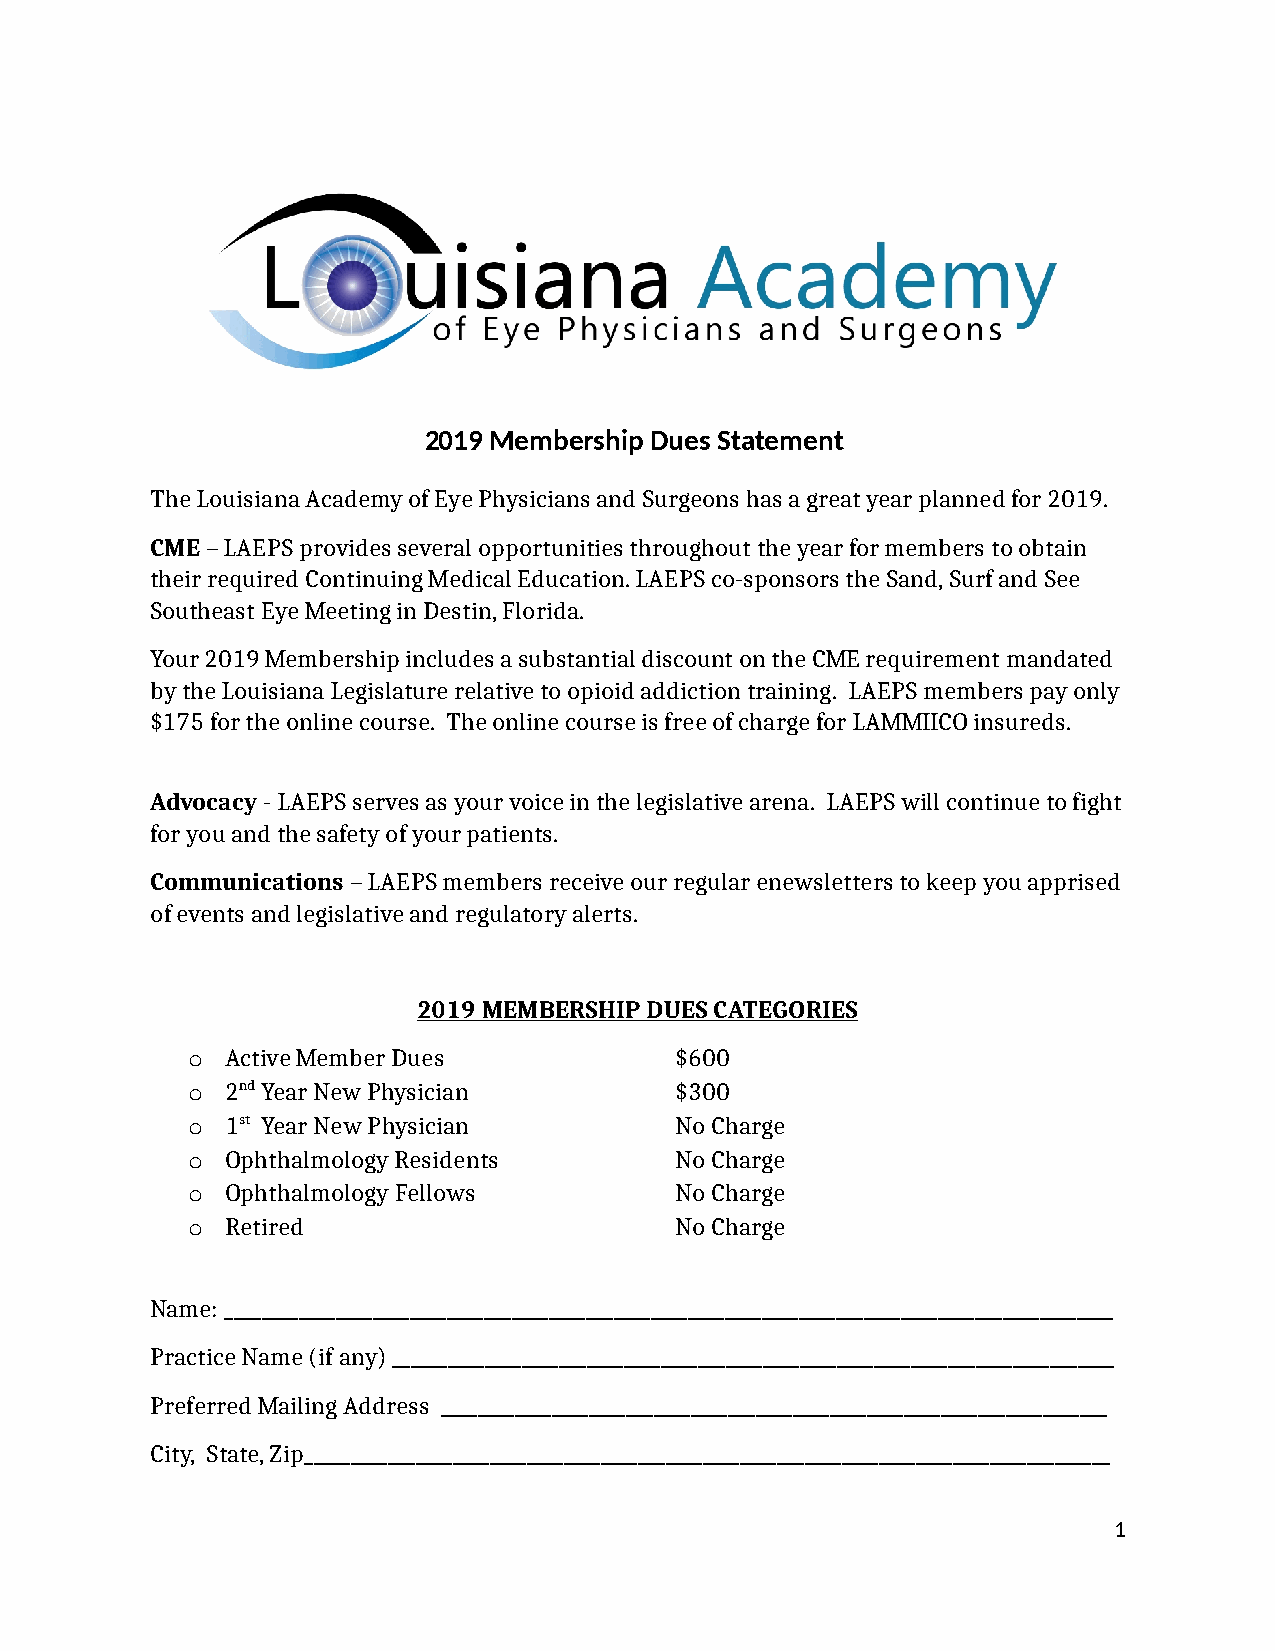
2019 Membership Dues Statement
 The Louisiana Academy of Eye Physicians and Surgeons has a great year planned for 2019.
 CME – LAEPS provides several opportunities throughout the year for members to obtain
 their required Continuing Medical Education. LAEPS co-sponsors the Sand, Surf and See
 Southeast Eye Meeting in Destin, Florida.
 Your 2019 Membership includes a substantial discount on the CME requirement mandated
 by the Louisiana Legislature relative to opioid addiction training. LAEPS members pay only
 $175 for the online course. The online course is free of charge for LAMMIICO insureds.
 Advocacy - LAEPS serves as your voice in the legislative arena. LAEPS will continue to fight
 for you and the safety of your patients.
 Communications – LAEPS members receive our regular enewsletters to keep you apprised
 of events and legislative and regulatory alerts.
 2019 MEMBERSHIP DUES CATEGORIES
 o  Active Member Dues            $600
 o  2nd Year New Physician        $300
 o  1st Year New Physician        No Charge
 o  Ophthalmology Residents       No Charge
 o  Ophthalmology Fellows         No Charge
 o  Retired                       No Charge
 Name: ________________________________________________________________________________________________
 Practice Name (if any) ______________________________________________________________________________
 Preferred Mailing Address ________________________________________________________________________
 City, State, Zip_______________________________________________________________________________________
 1